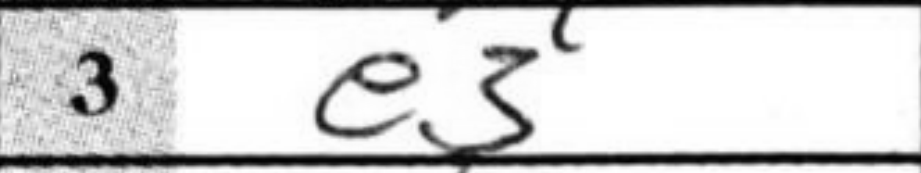
Transcription: e3